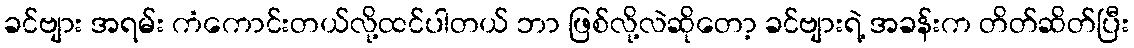
ခင်ဗျား အရမ်း ကံကောင်းတယ်လို့ထင်ပါတယ် ဘာ ဖြစ်လို့လဲဆိုတော့ ခင်ဗျားရဲ့ အခန်းက တိတ်ဆိတ်ပြီး